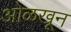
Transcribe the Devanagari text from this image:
अोळखून